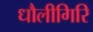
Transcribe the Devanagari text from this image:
धौलीगिरि